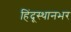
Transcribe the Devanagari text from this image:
हिंदूस्थानभर